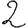
Digit: 2